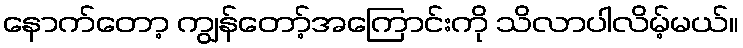
နောက်တော့ ကျွန်တော့်အကြောင်းကို သိလာပါလိမ့်မယ်။